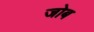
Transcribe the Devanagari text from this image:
जोब